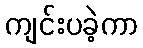
ကျင်းပခဲ့ကာ